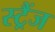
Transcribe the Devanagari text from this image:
स्ट्रैंज